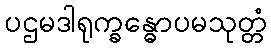
ပဌမဒါရုက္ခန္ဓောပမသုတ္တံ